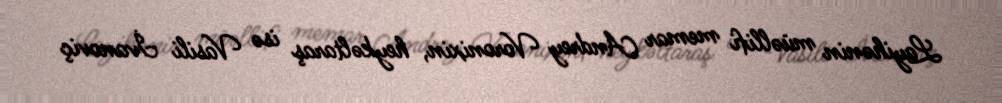
Layihənin müəllifi memar Andrey Voronixin, heykəltaraş isə Vasili İvanoviç